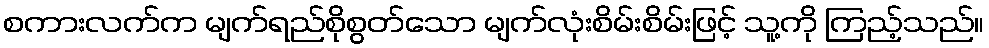
စကားလက်က မျက်ရည်စိုစွတ်သော မျက်လုံးစိမ်းစိမ်းဖြင့် သူ့ကို ကြည့်သည်။